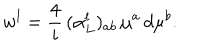
w ^ { l } = \frac { 4 } { i } \, ( \alpha _ { L } ^ { l } ) _ { a b } \, \mu ^ { a } \, d \mu ^ { b } .